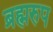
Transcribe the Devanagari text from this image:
ब्रह्मरुप